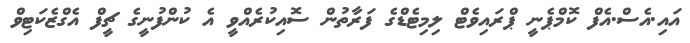
އައި.އެސް.އެފް ކޮމްޕެނީ ޕްރައިވެޓް ލިމިޓެޑްގެ ފަރާތުން ސޮއިކުރެއްވީ އެ ކުންފުނީގެ ޗީފް އެގްޒެކަޓިވް